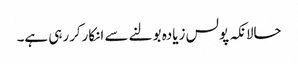
حالانکہ پولس زیادہ بولنے سے انکارکررہی ہے۔